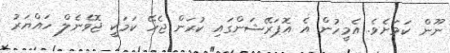
ނޫން ކަމަށެވެ. އެމީހުން އެ އޮޕަރޭޝަންގައި ކުރަން ޖެހޭ ކަމަކީ ޖޮވެނެލް ހައްޔަރު